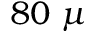
8 0 \ \mu